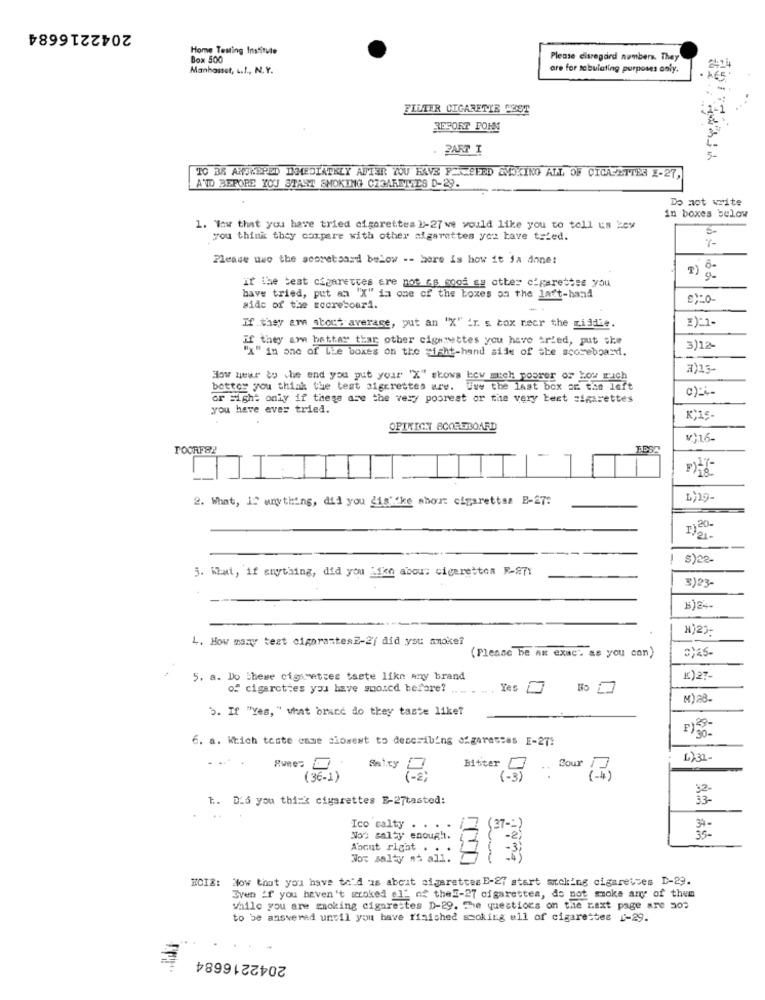
2042216684
Home Testing Institute
Box 500
Please disregard numbers. They
Manhasset, L.I ., N. Y.
are for tabulating purposes only.
FILTER CIGARETTE CEST
RESORT FORM
. PART I
TO 38 ANTRERED DMEDIATELY AFTER YOU HAVE FENTEFED SMOKING ALL OF CICA ETTER E-27,
AND BEFORE YOU START SMOKING CIGARETTES D-29.
Do not write
in boxes below
1. Wow that you have tried cigarettes 1-27we would like you to tell us kow
you think they compere with other cigarettes you have tried.
7 -
Please wwo the scoreboard below -- here is how it ja done:
if the test cigaretces are not as soof as other cigarettes you
have tried, put an "X" in one of the boxes on the latt-hand
side of the secreboard.
If they are about average, put an "X" ir. s box necr the Liadie.
If they am better than other cigarettes you have tried, put she
"x" in one of Lie boxes on the sisht-hand side of the scoreboard.
3)12-
3)15-
How hear to the end you put your 'X" shows how much poorer or kow much
better you think the test sigerestes are.
Uwe the last box ac the left
or sight only if these are the very poorest or the very best cigarettes
you have ever tried.
K+15-
OPINION SCOREBOARD
v)16-
POORFSX
2. What, IS anything, did you digitke abort cigarettes B-27:
L'19-
I)21
8)22-
5. What, if anything, did you Like about cigarettes R-871
3)23-
L. How many test cigarantesE-2/ did you smoke?
(Please be An exac" as you can)
0,25-
5. a. Do these cigarettes taste like any brand
1) 27-
of cigarettes you have suoted before?
Yes
3. If "Yes, " what brace do they taste like?
P) 29-
30-
6. a. Which toote emme siowest to describing afgarescas E-27:
4) 31-
Biter 5
Bour
t. D.6 you thi=k cigarettes E-27tasted:
33-
Ico calty . . . . / (37 -- )
Nos salty enough.
35 -
About right . . .
Nox salty at all.
HCI&: Now that you have to'd zs about cigarettes E-27 start sucking cigaretces D-29.
Sven If you haven't stroked al' of the !- 27 cigarettes, do not smoke any of them
while you are smoking cigarettes D-29. The questions on the next page are 203
to be answered until you have finished smoking all of cigarettes 1-29.
2042216684